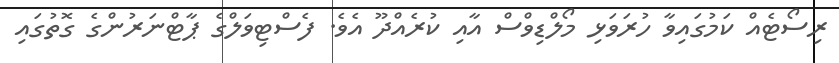
ރިސޯޓެއް ކަމުގައިވާ ހުރަވަޅި މޯލްޑިވްސް އާއި ކުރެއްދޫ އެވެ. ފެސްޓިވަލްގެ ޕާޓްނަރުންގެ ގޮތުގައި